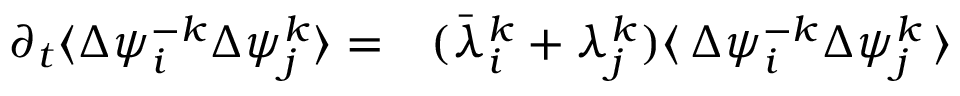
\begin{array} { r l } { \partial _ { t } \langle \Delta { { \psi } _ { i } ^ { - k } } \Delta { \psi } _ { j } ^ { k } \rangle = } & { { } ( \bar { \lambda } _ { i } ^ { k } + \lambda _ { j } ^ { k } ) \langle \, \Delta \psi _ { i } ^ { - k } \Delta \psi _ { j } ^ { k } \, \rangle } \end{array}